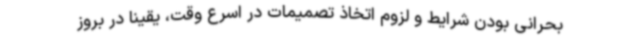
بحرانی بودن شرایط و لزوم اتخاذ تصمیمات در اسرع وقت، یقینا در بروز